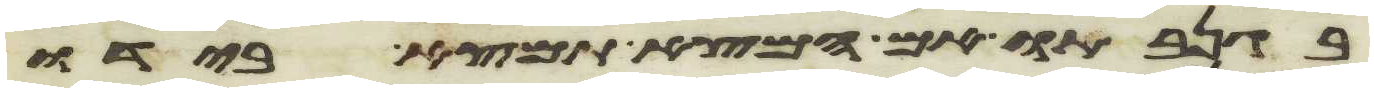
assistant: בגנבתו אם המצא תמצא בידו